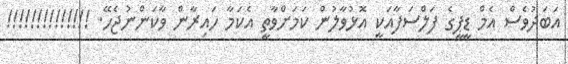
އަބަދުވެސް އެމް ޑީޕީގެ ފަލްސަފާއަކީ އޮޅުވާލުން ކަމަށްވާތީ އެކަމާ ހައިރާން ވާކަންނުޖެހޭ. !!!!!!!!!!!!!!